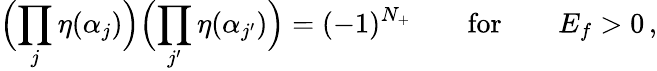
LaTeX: \Bigl(\prod_{j}\eta(\alpha_{j})\Bigr)\Bigl(\prod_{j^{\prime}}\eta(\alpha_{j^{\prime}})\Bigr)=(-1)^{N_{+}}\qquad\mathrm{for}\qquad E_{f}>0\, ,